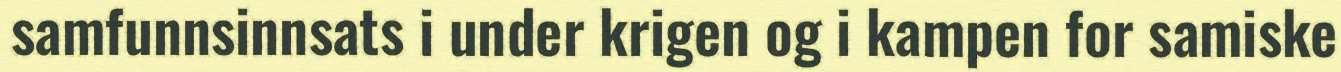
samfunnsinnsats i under krigen og i kampen for samiske